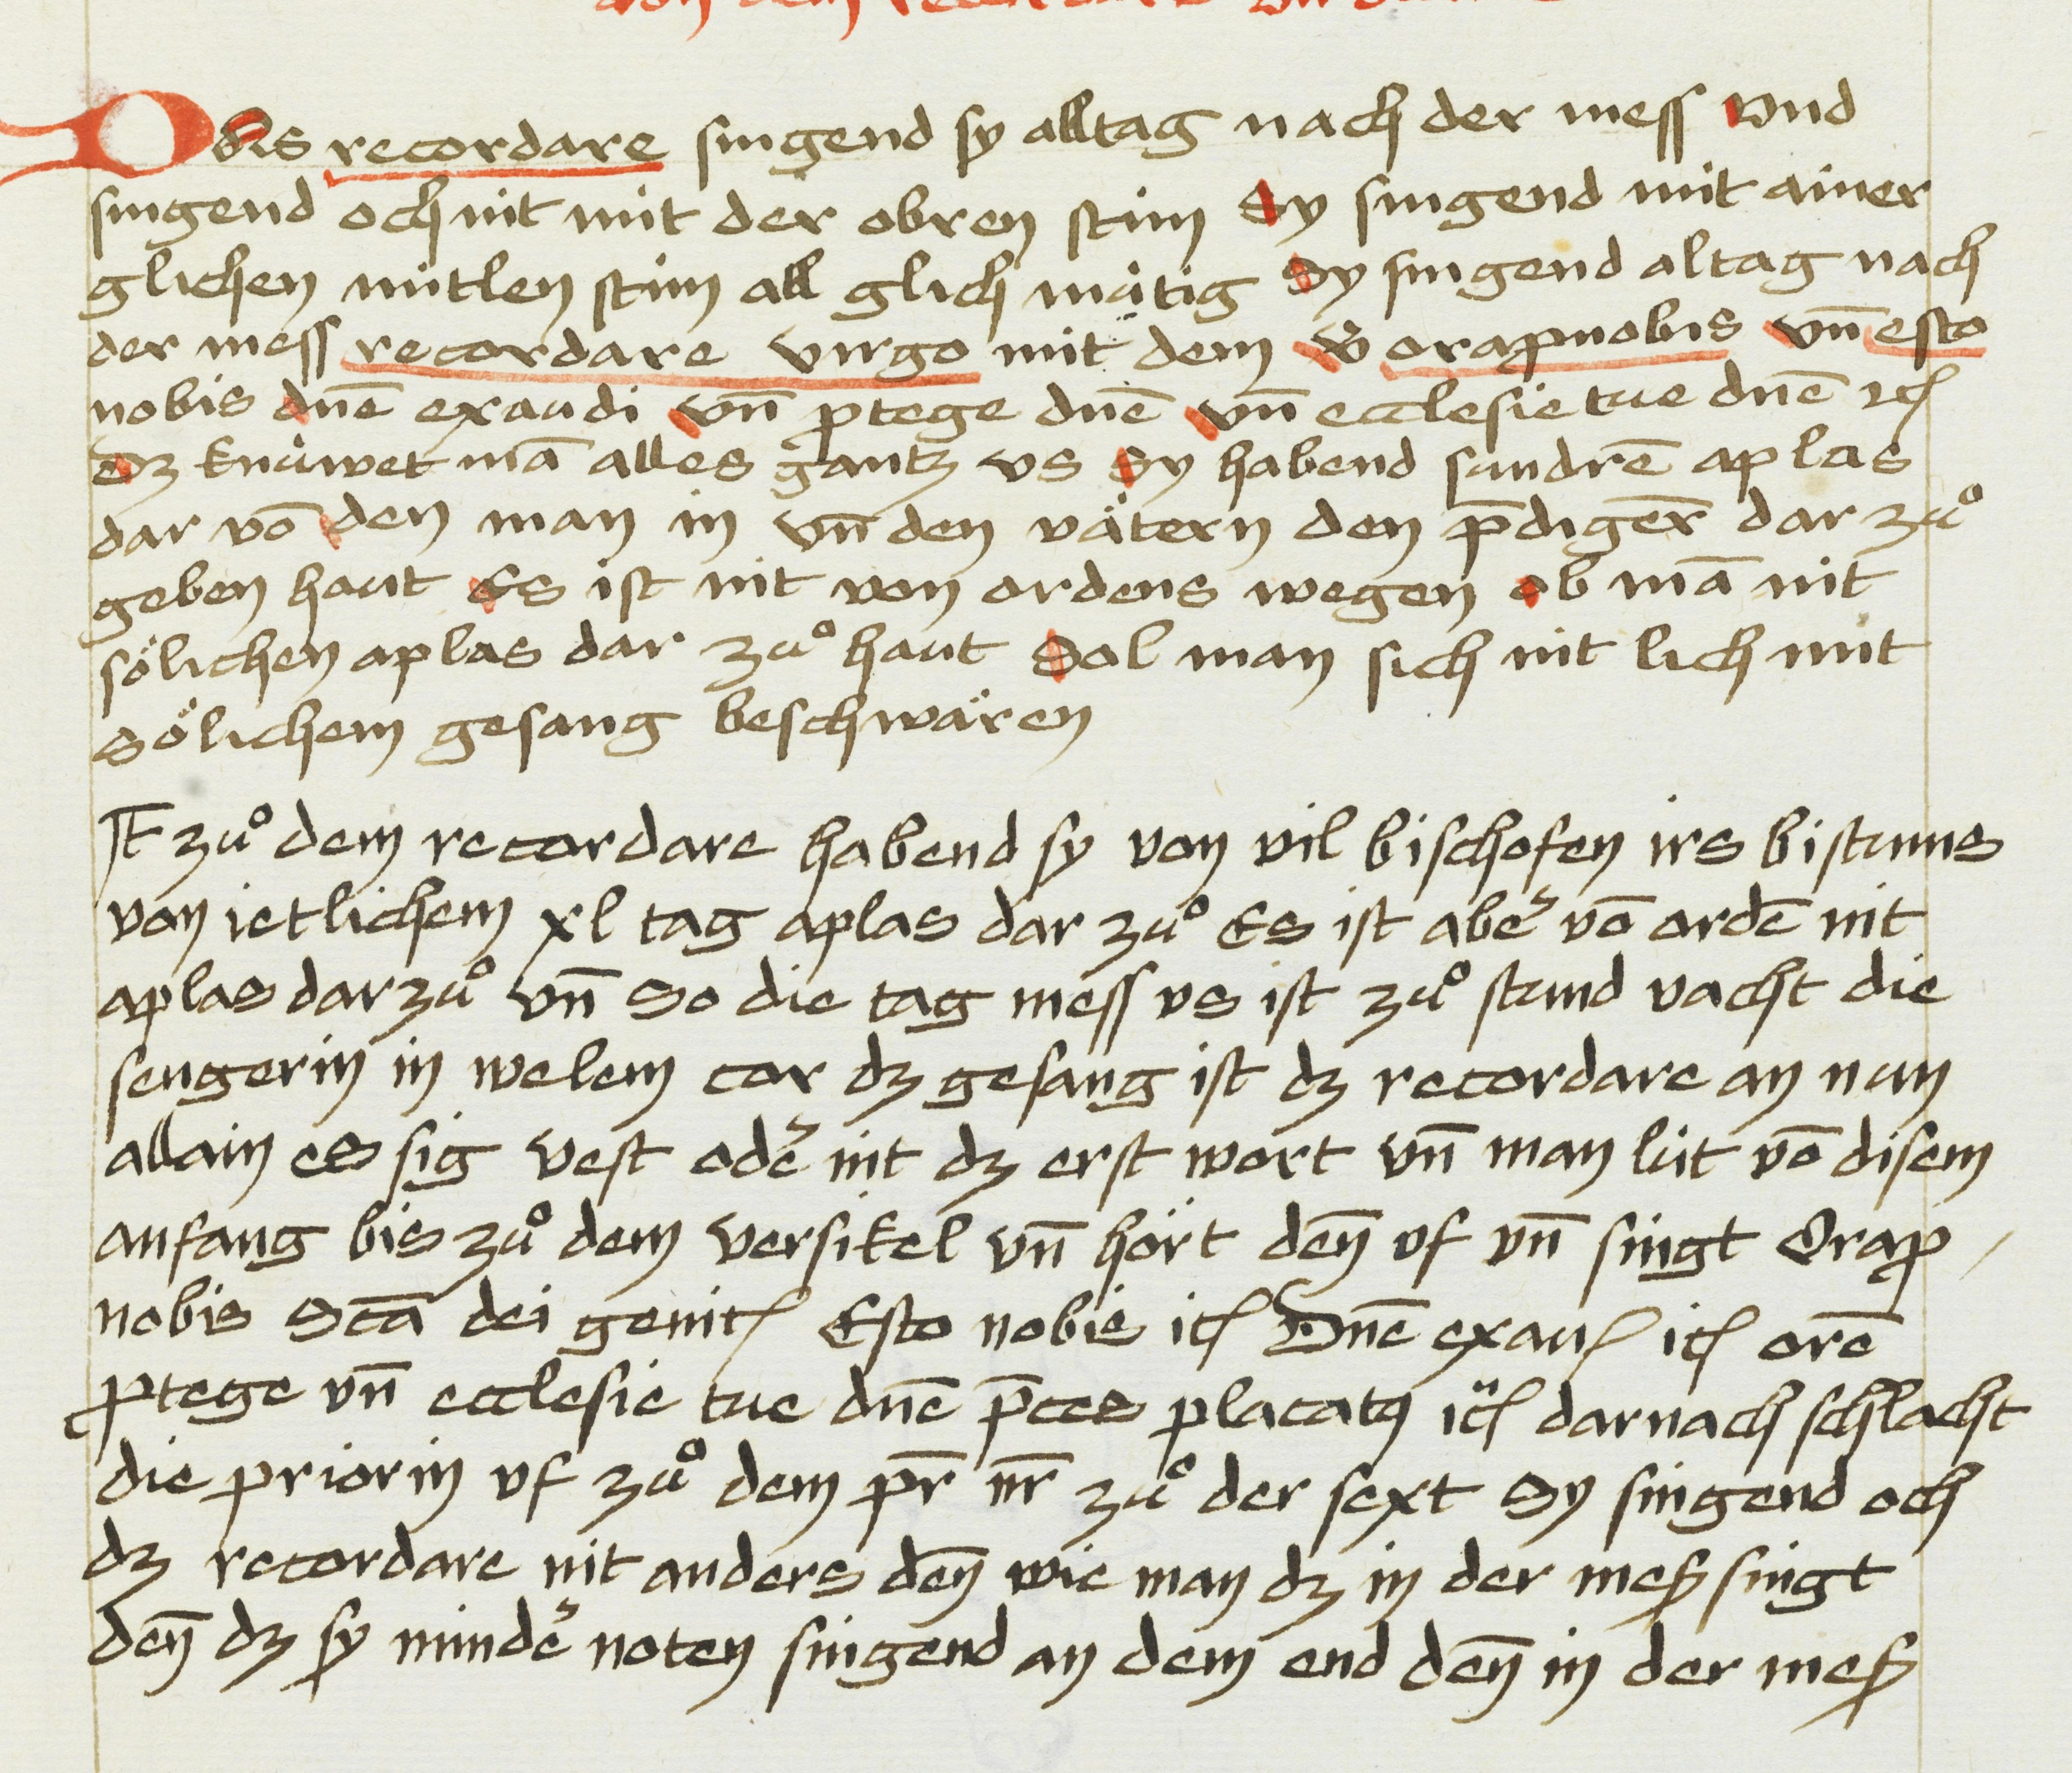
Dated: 1475–1485